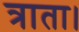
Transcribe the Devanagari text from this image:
त्राता।